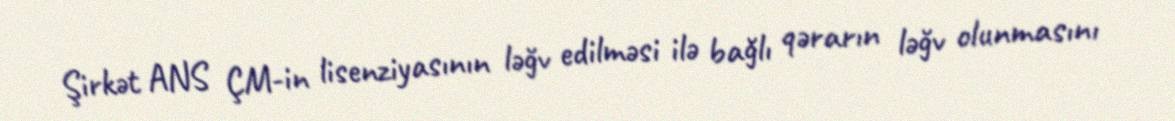
Şirkət ANS ÇM-in lisenziyasının ləğv edilməsi ilə bağlı qərarın ləğv olunmasını